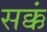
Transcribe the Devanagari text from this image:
सक्कं